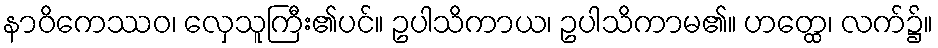
နာဝိကေဿဝ၊ လှေသူကြီး၏ပင်။ ဥပါသိကာယ၊ ဥပါသိကာမ၏။ ဟတ္ထေ၊ လက်၌။